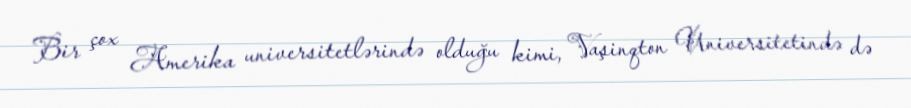
Bir çox Amerika universitetlərində olduğu kimi, Vaşinqton Universitetində də